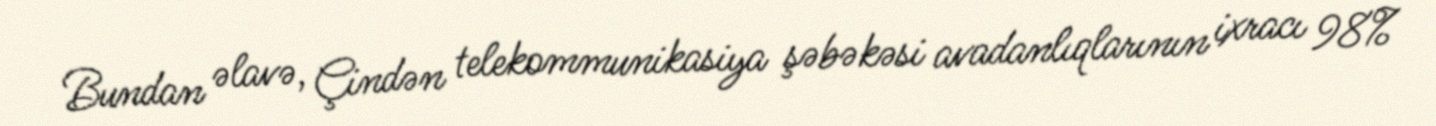
Bundan əlavə, Çindən telekommunikasiya şəbəkəsi avadanlıqlarının ixracı 98%